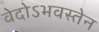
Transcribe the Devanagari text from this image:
वेदोऽभवस्तेन